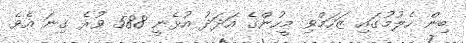
ބިން ހެލުމުގައި ޒަހަމްވި މީހުންގެ އަދަދު އުޅެނީ 588 ވުރެ ގިނަ އެވެ.